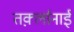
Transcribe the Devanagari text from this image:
तर्क़्लानाई